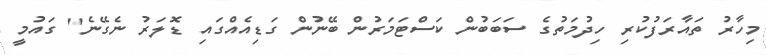
މިހާރު ތައާރަފުކުރި ހިދުމަތުގެ ސަބަބުން ކަސްޓަމަރުން ބޭނުން ގަޑިއެއްގައި ޑޮލަރު ނެގޭނެ" ގައުމީ